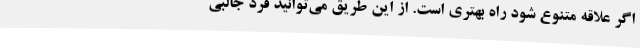
اگر علاقه متنوع شود راه بهتری است. از این طریق می‌توانید فرد جالبی